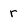
Character: r